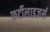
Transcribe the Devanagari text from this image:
फ़र्टीलाइज़र्स